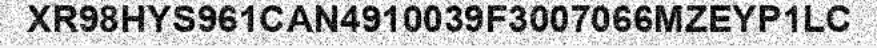
XR98HYS961CAN4910039F3007066MZEYP1LC